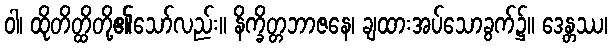
ဝါ၊ ထိုတိတ္ထိတို့၏သော်လည်း။ နိက္ခိတ္တဘာဇနေ၊ ချထားအပ်သောခွက်၌။ ဒေန္တဿ၊